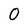
Character: 0